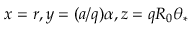
x = r , y = ( a / q ) \alpha , z = q R _ { 0 } \theta _ { * }